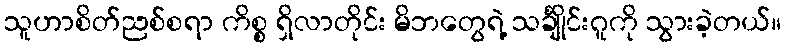
သူဟာစိတ်ညစ်စရာ ကိစ္စ ရှိလာတိုင်း မိဘတွေရဲ့ သင်္ချိုင်းဂူကို သွားခဲ့တယ်။